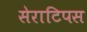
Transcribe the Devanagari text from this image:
सेराटिपस